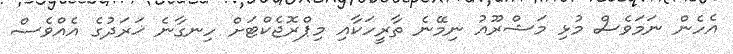
އެހެން ނަމަވެސް މުޅި މަޝްރޫއު ނިމޭނެ ތާރީހަކާއި މިޕްރޮޖެކްޓަށް ހިނގާނެ ޚަރަދުގެ އެއްވެސް